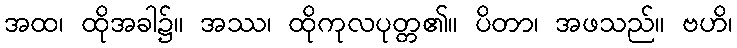
အထ၊ ထိုအခါ၌။ အဿ၊ ထိုကုလပုတ္တ၏။ ပိတာ၊ အဖသည်။ ဗဟိ၊